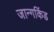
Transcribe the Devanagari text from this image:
जान्गकिंड